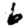
Digit: 6